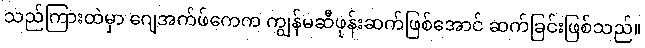
သည်ကြားထဲမှာ ဂျေအက်ဖ်ကေက ကျွန်မဆီဖုန်းဆက်ဖြစ်အောင် ဆက်ခြင်းဖြစ်သည်။